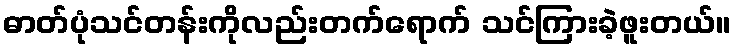
ဓာတ်ပုံသင်တန်းကိုလည်းတက်ရောက် သင်ကြားခဲ့ဖူးတယ်။